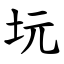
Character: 坃